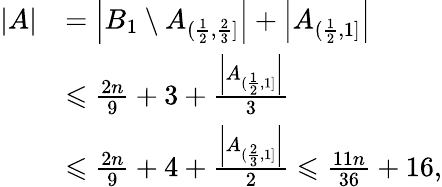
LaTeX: \begin{array}{rl}{|A|}&{=\left|B_{1}\setminus A_{(\frac{1}{2},\frac{2}{3}]}\right|+\left|A_{(\frac{1}{2},1]}\right|}\\ &{\leqslant\frac{2n}{9}+3+\frac{\left|A_{(\frac{1}{2},1]}\right|}{3}}\\ &{\leqslant\frac{2n}{9}+4+\frac{\left|A_{(\frac{2}{3},1]}\right|}{2}\leqslant\frac{11n}{36}+16,}\end{array}